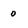
Character: 0